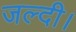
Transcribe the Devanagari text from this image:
जल्दी।